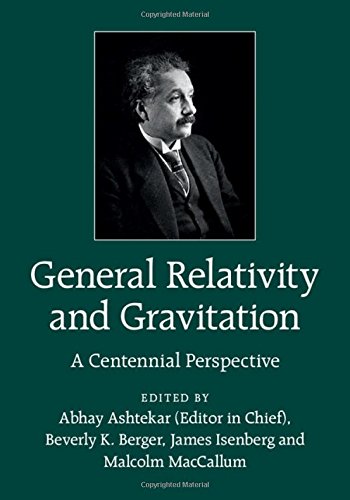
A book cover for General Relativity and Gravitation: A Centennial Perspective; Science & Math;